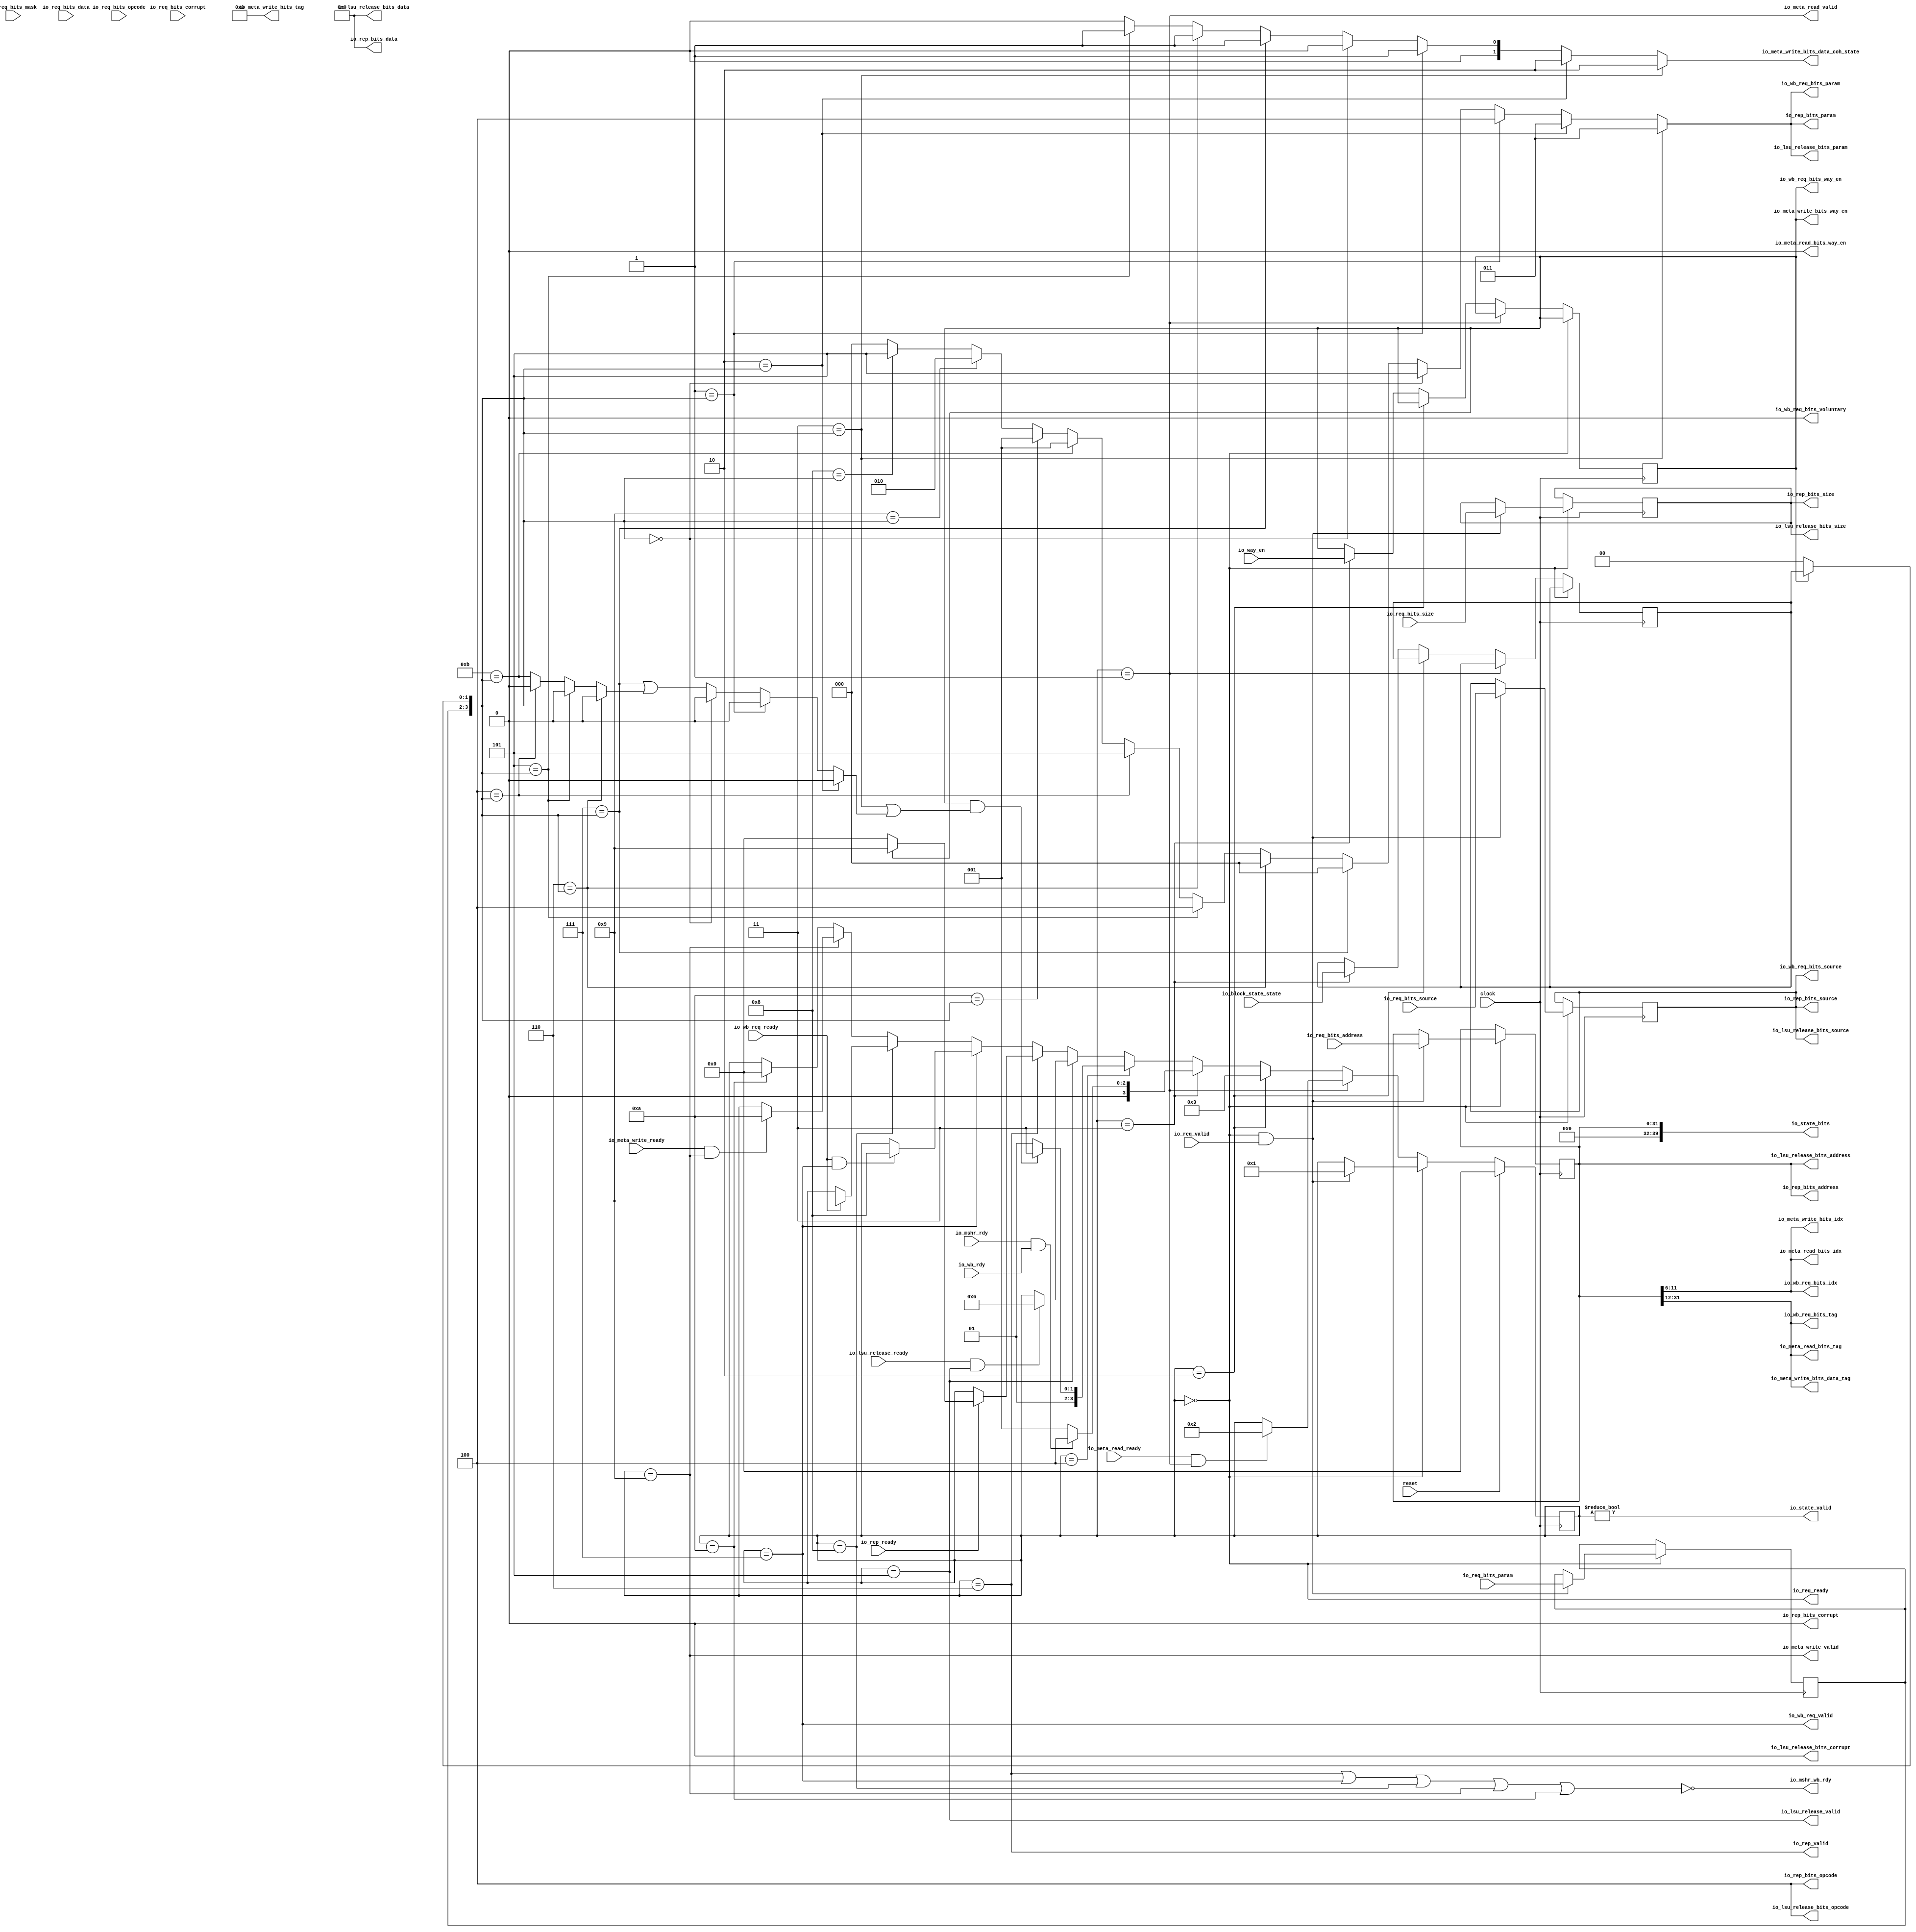
module BoomProbeUnit(
  input         clock,
  input         reset,
  output        io_req_ready,
  input         io_req_valid,
  input  [2:0]  io_req_bits_opcode,
  input  [1:0]  io_req_bits_param,
  input  [3:0]  io_req_bits_size,
  input  [1:0]  io_req_bits_source,
  input  [31:0] io_req_bits_address,
  input  [7:0]  io_req_bits_mask,
  input  [63:0] io_req_bits_data,
  input         io_req_bits_corrupt,
  input         io_rep_ready,
  output        io_rep_valid,
  output [2:0]  io_rep_bits_opcode,
  output [2:0]  io_rep_bits_param,
  output [3:0]  io_rep_bits_size,
  output [1:0]  io_rep_bits_source,
  output [31:0] io_rep_bits_address,
  output [63:0] io_rep_bits_data,
  output        io_rep_bits_corrupt,
  input         io_meta_read_ready,
  output        io_meta_read_valid,
  output [5:0]  io_meta_read_bits_idx,
  output        io_meta_read_bits_way_en,
  output [19:0] io_meta_read_bits_tag,
  input         io_meta_write_ready,
  output        io_meta_write_valid,
  output [5:0]  io_meta_write_bits_idx,
  output        io_meta_write_bits_way_en,
  output [19:0] io_meta_write_bits_tag,
  output [1:0]  io_meta_write_bits_data_coh_state,
  output [19:0] io_meta_write_bits_data_tag,
  input         io_wb_req_ready,
  output        io_wb_req_valid,
  output [19:0] io_wb_req_bits_tag,
  output [5:0]  io_wb_req_bits_idx,
  output [1:0]  io_wb_req_bits_source,
  output [2:0]  io_wb_req_bits_param,
  output        io_wb_req_bits_way_en,
  output        io_wb_req_bits_voluntary,
  input         io_way_en,
  input         io_wb_rdy,
  input         io_mshr_rdy,
  output        io_mshr_wb_rdy,
  input  [1:0]  io_block_state_state,
  input         io_lsu_release_ready,
  output        io_lsu_release_valid,
  output [2:0]  io_lsu_release_bits_opcode,
  output [2:0]  io_lsu_release_bits_param,
  output [3:0]  io_lsu_release_bits_size,
  output [1:0]  io_lsu_release_bits_source,
  output [31:0] io_lsu_release_bits_address,
  output [63:0] io_lsu_release_bits_data,
  output        io_lsu_release_bits_corrupt,
  output        io_state_valid,
  output [39:0] io_state_bits
);
`ifdef RANDOMIZE_REG_INIT
  reg [31:0] _RAND_0;
  reg [31:0] _RAND_1;
  reg [31:0] _RAND_2;
  reg [31:0] _RAND_3;
  reg [31:0] _RAND_4;
  reg [31:0] _RAND_5;
  reg [31:0] _RAND_6;
`endif // RANDOMIZE_REG_INIT
  reg [3:0] state; // @[dcache.scala 165:22]
  reg [1:0] req_param; // @[dcache.scala 167:16]
  reg [3:0] req_size; // @[dcache.scala 167:16]
  reg [1:0] req_source; // @[dcache.scala 167:16]
  reg [31:0] req_address; // @[dcache.scala 167:16]
  reg  way_en; // @[dcache.scala 171:19]
  wire  tag_matches = |way_en; // @[dcache.scala 172:28]
  reg [1:0] old_coh_state; // @[dcache.scala 173:20]
  wire [1:0] reply_coh_state = tag_matches ? old_coh_state : 2'h0; // @[dcache.scala 175:22]
  wire [3:0] _T = {req_param,reply_coh_state}; // @[Cat.scala 30:58]
  wire  _T_13 = 4'h8 == _T; // @[Misc.scala 55:20]
  wire [2:0] _T_15 = _T_13 ? 3'h5 : 3'h0; // @[Misc.scala 37:36]
  wire  _T_17 = 4'h9 == _T; // @[Misc.scala 55:20]
  wire [2:0] _T_19 = _T_17 ? 3'h2 : _T_15; // @[Misc.scala 37:36]
  wire  _T_21 = 4'ha == _T; // @[Misc.scala 55:20]
  wire [2:0] _T_23 = _T_21 ? 3'h1 : _T_19; // @[Misc.scala 37:36]
  wire  _T_25 = 4'hb == _T; // @[Misc.scala 55:20]
  wire [2:0] _T_27 = _T_25 ? 3'h1 : _T_23; // @[Misc.scala 37:36]
  wire  _T_29 = 4'h4 == _T; // @[Misc.scala 55:20]
  wire  _T_30 = _T_29 ? 1'h0 : _T_25; // @[Misc.scala 37:9]
  wire [2:0] _T_31 = _T_29 ? 3'h5 : _T_27; // @[Misc.scala 37:36]
  wire  _T_33 = 4'h5 == _T; // @[Misc.scala 55:20]
  wire  _T_34 = _T_33 ? 1'h0 : _T_30; // @[Misc.scala 37:9]
  wire [2:0] _T_35 = _T_33 ? 3'h4 : _T_31; // @[Misc.scala 37:36]
  wire [1:0] _T_36 = _T_33 ? 2'h1 : 2'h0; // @[Misc.scala 37:63]
  wire  _T_37 = 4'h6 == _T; // @[Misc.scala 55:20]
  wire  _T_38 = _T_37 ? 1'h0 : _T_34; // @[Misc.scala 37:9]
  wire [2:0] _T_39 = _T_37 ? 3'h0 : _T_35; // @[Misc.scala 37:36]
  wire [1:0] _T_40 = _T_37 ? 2'h1 : _T_36; // @[Misc.scala 37:63]
  wire  _T_41 = 4'h7 == _T; // @[Misc.scala 55:20]
  wire [2:0] _T_43 = _T_41 ? 3'h0 : _T_39; // @[Misc.scala 37:36]
  wire [1:0] _T_44 = _T_41 ? 2'h1 : _T_40; // @[Misc.scala 37:63]
  wire  _T_45 = 4'h0 == _T; // @[Misc.scala 55:20]
  wire  _T_46 = _T_45 ? 1'h0 : _T_41 | _T_38; // @[Misc.scala 37:9]
  wire [2:0] _T_47 = _T_45 ? 3'h5 : _T_43; // @[Misc.scala 37:36]
  wire [1:0] _T_48 = _T_45 ? 2'h0 : _T_44; // @[Misc.scala 37:63]
  wire  _T_49 = 4'h1 == _T; // @[Misc.scala 55:20]
  wire  _T_50 = _T_49 ? 1'h0 : _T_46; // @[Misc.scala 37:9]
  wire [2:0] _T_51 = _T_49 ? 3'h4 : _T_47; // @[Misc.scala 37:36]
  wire [1:0] _T_52 = _T_49 ? 2'h1 : _T_48; // @[Misc.scala 37:63]
  wire  _T_53 = 4'h2 == _T; // @[Misc.scala 55:20]
  wire  _T_54 = _T_53 ? 1'h0 : _T_50; // @[Misc.scala 37:9]
  wire [2:0] _T_55 = _T_53 ? 3'h3 : _T_51; // @[Misc.scala 37:36]
  wire [1:0] _T_56 = _T_53 ? 2'h2 : _T_52; // @[Misc.scala 37:63]
  wire  _T_57 = 4'h3 == _T; // @[Misc.scala 55:20]
  wire  is_dirty = _T_57 | _T_54; // @[Misc.scala 37:9]
  wire  _T_60 = state == 4'h0; // @[dcache.scala 181:25]
  wire  _T_61 = state == 4'h6; // @[dcache.scala 182:25]
  wire  opdata = io_rep_bits_opcode[0]; // @[Edges.scala 101:36]
  wire  _T_68 = state == 4'h1; // @[dcache.scala 188:31]
  wire  _T_69 = state == 4'h9; // @[dcache.scala 192:32]
  wire  _T_70 = state == 4'h7; // @[dcache.scala 198:28]
  wire  _T_73 = state == 4'h8; // @[package.scala 15:47]
  wire  _T_75 = state == 4'ha; // @[package.scala 15:47]
  wire  _T_79 = _T_61 | _T_70 | _T_73 | _T_69 | _T_75; // @[package.scala 72:59]
  wire  _T_81 = state == 4'h5; // @[dcache.scala 209:33]
  wire  _T_83 = io_req_ready & io_req_valid; // @[Decoupled.scala 40:37]
  wire  _T_85 = io_meta_read_ready & io_meta_read_valid; // @[Decoupled.scala 40:37]
  wire [3:0] _T_89 = io_mshr_rdy & io_wb_rdy ? 4'h4 : 4'h1; // @[dcache.scala 229:17]
  wire [3:0] _T_92 = tag_matches & is_dirty ? 4'h7 : 4'h5; // @[dcache.scala 231:17]
  wire  _T_94 = io_lsu_release_ready & io_lsu_release_valid; // @[Decoupled.scala 40:37]
  wire [3:0] _GEN_10 = _T_94 ? 4'h6 : state; // @[dcache.scala 233:34 dcache.scala 234:13 dcache.scala 165:22]
  wire [3:0] _T_96 = tag_matches ? 4'h9 : 4'h0; // @[dcache.scala 238:19]
  wire [3:0] _GEN_11 = io_rep_ready ? _T_96 : state; // @[dcache.scala 237:25 dcache.scala 238:13 dcache.scala 165:22]
  wire  _T_98 = io_wb_req_ready & io_wb_req_valid; // @[Decoupled.scala 40:37]
  wire [3:0] _GEN_12 = _T_98 ? 4'h8 : state; // @[dcache.scala 241:29 dcache.scala 242:13 dcache.scala 165:22]
  wire [3:0] _GEN_13 = io_wb_req_ready ? 4'h9 : state; // @[dcache.scala 246:28 dcache.scala 247:13 dcache.scala 165:22]
  wire  _T_101 = io_meta_write_ready & io_meta_write_valid; // @[Decoupled.scala 40:37]
  wire [3:0] _GEN_14 = _T_101 ? 4'ha : state; // @[dcache.scala 250:33 dcache.scala 251:13 dcache.scala 165:22]
  wire [3:0] _GEN_15 = _T_75 ? 4'h0 : state; // @[dcache.scala 253:45 dcache.scala 254:11 dcache.scala 165:22]
  wire [3:0] _GEN_16 = _T_69 ? _GEN_14 : _GEN_15; // @[dcache.scala 249:40]
  wire [3:0] _GEN_17 = _T_73 ? _GEN_13 : _GEN_16; // @[dcache.scala 244:44]
  wire [3:0] _GEN_18 = _T_70 ? _GEN_12 : _GEN_17; // @[dcache.scala 240:43]
  wire [3:0] _GEN_19 = _T_61 ? _GEN_11 : _GEN_18; // @[dcache.scala 236:37]
  wire [3:0] _GEN_20 = _T_81 ? _GEN_10 : _GEN_19; // @[dcache.scala 232:41]
  wire [3:0] _GEN_21 = state == 4'h4 ? _T_92 : _GEN_20; // @[dcache.scala 230:39 dcache.scala 231:11]
  wire [3:0] _GEN_24 = state == 4'h3 ? _T_89 : _GEN_21; // @[dcache.scala 225:38 dcache.scala 229:11]
  assign io_req_ready = state == 4'h0; // @[dcache.scala 181:25]
  assign io_rep_valid = state == 4'h6; // @[dcache.scala 182:25]
  assign io_rep_bits_opcode = 3'h4; // @[Edges.scala 407:17 Edges.scala 408:15]
  assign io_rep_bits_param = _T_57 ? 3'h3 : _T_55; // @[Misc.scala 37:36]
  assign io_rep_bits_size = req_size; // @[Edges.scala 407:17 Edges.scala 410:15]
  assign io_rep_bits_source = req_source; // @[Edges.scala 407:17 Edges.scala 411:15]
  assign io_rep_bits_address = req_address; // @[Edges.scala 407:17 Edges.scala 412:15]
  assign io_rep_bits_data = 64'h0; // @[Edges.scala 407:17 Edges.scala 413:15]
  assign io_rep_bits_corrupt = 1'h0; // @[Edges.scala 407:17 Edges.scala 414:15]
  assign io_meta_read_valid = state == 4'h1; // @[dcache.scala 188:31]
  assign io_meta_read_bits_idx = req_address[11:6]; // @[dcache.scala 168:28]
  assign io_meta_read_bits_way_en = 1'h0;
  assign io_meta_read_bits_tag = req_address[31:12]; // @[dcache.scala 169:29]
  assign io_meta_write_valid = state == 4'h9; // @[dcache.scala 192:32]
  assign io_meta_write_bits_idx = req_address[11:6]; // @[dcache.scala 168:28]
  assign io_meta_write_bits_way_en = way_en; // @[dcache.scala 193:29]
  assign io_meta_write_bits_tag = 20'h0;
  assign io_meta_write_bits_data_coh_state = _T_57 ? 2'h2 : _T_56; // @[Misc.scala 37:63]
  assign io_meta_write_bits_data_tag = req_address[31:12]; // @[dcache.scala 169:29]
  assign io_wb_req_valid = state == 4'h7; // @[dcache.scala 198:28]
  assign io_wb_req_bits_tag = req_address[31:12]; // @[dcache.scala 169:29]
  assign io_wb_req_bits_idx = req_address[11:6]; // @[dcache.scala 168:28]
  assign io_wb_req_bits_source = req_source; // @[dcache.scala 199:25]
  assign io_wb_req_bits_param = _T_57 ? 3'h3 : _T_55; // @[Misc.scala 37:36]
  assign io_wb_req_bits_way_en = way_en; // @[dcache.scala 203:25]
  assign io_wb_req_bits_voluntary = 1'h0; // @[dcache.scala 204:28]
  assign io_mshr_wb_rdy = ~_T_79; // @[dcache.scala 207:21]
  assign io_lsu_release_valid = state == 4'h5; // @[dcache.scala 209:33]
  assign io_lsu_release_bits_opcode = 3'h4; // @[Edges.scala 407:17 Edges.scala 408:15]
  assign io_lsu_release_bits_param = _T_57 ? 3'h3 : _T_55; // @[Misc.scala 37:36]
  assign io_lsu_release_bits_size = req_size; // @[Edges.scala 407:17 Edges.scala 410:15]
  assign io_lsu_release_bits_source = req_source; // @[Edges.scala 407:17 Edges.scala 411:15]
  assign io_lsu_release_bits_address = req_address; // @[Edges.scala 407:17 Edges.scala 412:15]
  assign io_lsu_release_bits_data = 64'h0; // @[Edges.scala 407:17 Edges.scala 413:15]
  assign io_lsu_release_bits_corrupt = 1'h0; // @[Edges.scala 407:17 Edges.scala 414:15]
  assign io_state_valid = state != 4'h0; // @[dcache.scala 178:27]
  assign io_state_bits = {{8'd0}, req_address}; // @[dcache.scala 179:18]
  always @(posedge clock) begin
    if (reset) begin // @[dcache.scala 165:22]
      state <= 4'h0; // @[dcache.scala 165:22]
    end else if (_T_60) begin // @[dcache.scala 213:30]
      if (_T_83) begin // @[dcache.scala 214:26]
        state <= 4'h1; // @[dcache.scala 215:13]
      end
    end else if (_T_68) begin // @[dcache.scala 218:39]
      if (_T_85) begin // @[dcache.scala 219:32]
        state <= 4'h2; // @[dcache.scala 220:13]
      end
    end else if (state == 4'h2) begin // @[dcache.scala 222:39]
      state <= 4'h3; // @[dcache.scala 224:11]
    end else begin
      state <= _GEN_24;
    end
    if (_T_60) begin // @[dcache.scala 213:30]
      if (_T_83) begin // @[dcache.scala 214:26]
        req_param <= io_req_bits_param; // @[dcache.scala 216:11]
      end
    end
    if (_T_60) begin // @[dcache.scala 213:30]
      if (_T_83) begin // @[dcache.scala 214:26]
        req_size <= io_req_bits_size; // @[dcache.scala 216:11]
      end
    end
    if (_T_60) begin // @[dcache.scala 213:30]
      if (_T_83) begin // @[dcache.scala 214:26]
        req_source <= io_req_bits_source; // @[dcache.scala 216:11]
      end
    end
    if (_T_60) begin // @[dcache.scala 213:30]
      if (_T_83) begin // @[dcache.scala 214:26]
        req_address <= io_req_bits_address; // @[dcache.scala 216:11]
      end
    end
    if (!(_T_60)) begin // @[dcache.scala 213:30]
      if (!(_T_68)) begin // @[dcache.scala 218:39]
        if (!(state == 4'h2)) begin // @[dcache.scala 222:39]
          if (state == 4'h3) begin // @[dcache.scala 225:38]
            way_en <= io_way_en; // @[dcache.scala 227:12]
          end
        end
      end
    end
    if (!(_T_60)) begin // @[dcache.scala 213:30]
      if (!(_T_68)) begin // @[dcache.scala 218:39]
        if (!(state == 4'h2)) begin // @[dcache.scala 222:39]
          if (state == 4'h3) begin // @[dcache.scala 225:38]
            old_coh_state <= io_block_state_state; // @[dcache.scala 226:13]
          end
        end
      end
    end
    `ifndef SYNTHESIS
    `ifdef PRINTF_COND
      if (`PRINTF_COND) begin
    `endif
        if (~(~io_rep_valid | ~opdata | reset)) begin
          $fwrite(32'h80000002,
            "Assertion failed: ProbeUnit should not send ProbeAcks with data, WritebackUnit should handle it\n    at dcache.scala:185 assert(!io.rep.valid || !edge.hasData(io.rep.bits),\n"
            ); // @[dcache.scala 185:9]
        end
    `ifdef PRINTF_COND
      end
    `endif
    `endif // SYNTHESIS
    `ifndef SYNTHESIS
    `ifdef STOP_COND
      if (`STOP_COND) begin
    `endif
        if (~(~io_rep_valid | ~opdata | reset)) begin
          $fatal; // @[dcache.scala 185:9]
        end
    `ifdef STOP_COND
      end
    `endif
    `endif // SYNTHESIS
  end
// Register and memory initialization
`ifdef RANDOMIZE_GARBAGE_ASSIGN
`define RANDOMIZE
`endif
`ifdef RANDOMIZE_INVALID_ASSIGN
`define RANDOMIZE
`endif
`ifdef RANDOMIZE_REG_INIT
`define RANDOMIZE
`endif
`ifdef RANDOMIZE_MEM_INIT
`define RANDOMIZE
`endif
`ifndef RANDOM
`define RANDOM $random
`endif
`ifdef RANDOMIZE_MEM_INIT
  integer initvar;
`endif
`ifndef SYNTHESIS
`ifdef FIRRTL_BEFORE_INITIAL
`FIRRTL_BEFORE_INITIAL
`endif
initial begin
  `ifdef RANDOMIZE
    `ifdef INIT_RANDOM
      `INIT_RANDOM
    `endif
    `ifndef VERILATOR
      `ifdef RANDOMIZE_DELAY
        #`RANDOMIZE_DELAY begin end
      `else
        #0.002 begin end
      `endif
    `endif
`ifdef RANDOMIZE_REG_INIT
  _RAND_0 = {1{`RANDOM}};
  state = _RAND_0[3:0];
  _RAND_1 = {1{`RANDOM}};
  req_param = _RAND_1[1:0];
  _RAND_2 = {1{`RANDOM}};
  req_size = _RAND_2[3:0];
  _RAND_3 = {1{`RANDOM}};
  req_source = _RAND_3[1:0];
  _RAND_4 = {1{`RANDOM}};
  req_address = _RAND_4[31:0];
  _RAND_5 = {1{`RANDOM}};
  way_en = _RAND_5[0:0];
  _RAND_6 = {1{`RANDOM}};
  old_coh_state = _RAND_6[1:0];
`endif // RANDOMIZE_REG_INIT
  `endif // RANDOMIZE
end // initial
`ifdef FIRRTL_AFTER_INITIAL
`FIRRTL_AFTER_INITIAL
`endif
`endif // SYNTHESIS
endmodule